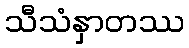
သီသံနှာတဿ